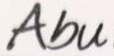
Abu